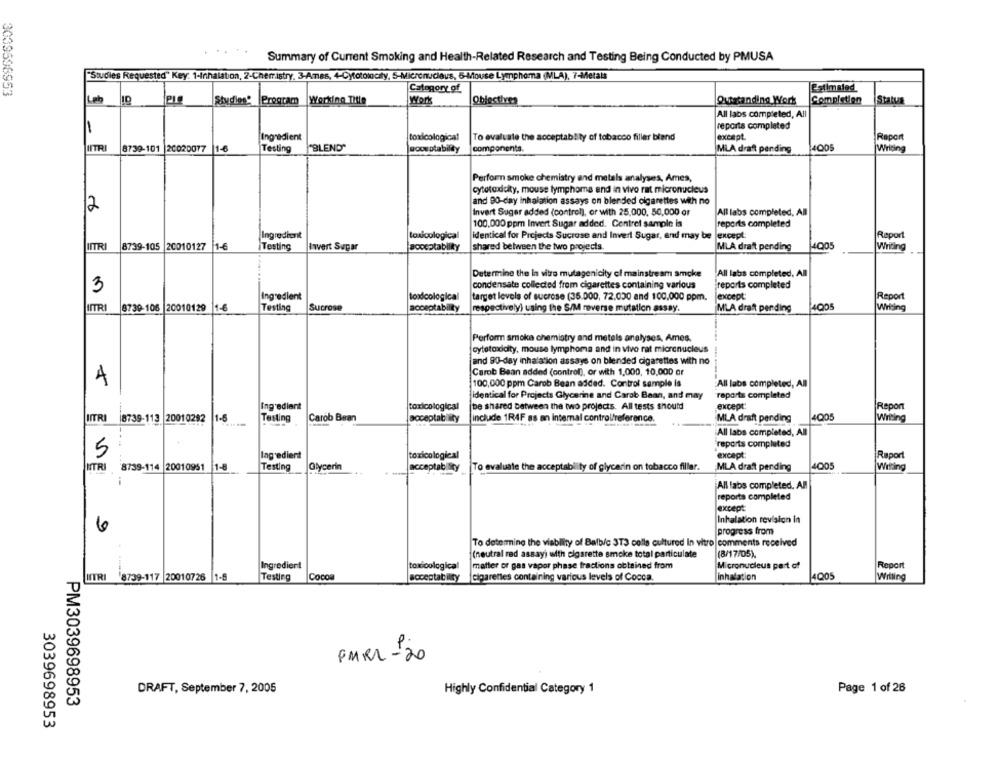
Summary of Current Smoking and Health-Related Research and Testing Being Conducted by PMUSA
"Studies Requested" Key: 1-Inhalation, 2-Chemistry, 3-Ames, 4-Cytotolocity, 5-Micronucleus, 6-Mouse Lymphoma (MLA), 7-Metals
Category of
Estimated
3039596953
Løb
ID
Working Title
Work
Objectives
Outstanding Work
Completion
Status
Studies' |Program
All labs completed, All
-
reports completed
Ingredient
toxicological
To evaluate the acceptablity of tobacco filler bland
except
Report
NITRI
8739-101 20020077
Testing
"BLEND"
soorptability
components.
MLA draft pending
4005
Writing
Perform smoke chemistry and metals analyses, Ames,
cytotoxicity, mouse lymphoma and in vivo rat micronucleus
2
and 90-day inhalation assays on blended cigarettes with no
Invert Suger added (control), or with 25,000, 50,000 or
All labs completed, All
100.000 ppm Invert Sugar added. Contrel sample is
reports completed
Ingredient
toxicological
identical for Projects Sucrose and Invert Sugar, and may be |except
Report
ITRI
8739-105 20010127
11-€
iTesting
Javert Sugar
acceptability
shared between the two projects.
MLA draft pending
Writing
Determine the in vitro mutagenicity of mainstream smoke
All labs completed, All
3
condensate collected from cigarettes containing various
reports completed
Ingredient
toxicological
target levels of sucrose (35.000, 72.000 and 100,000 ppm,
except:
Report
MITRI
8739-106 20010129 1-6
Testing
Sucrose
acceptability
respectively) using the S/M reverse mutation assay.
MLA draft pending
4005
Writing
Perform smoke chemistry and metals analyses, Ames,
cytotoxicity, mouse lymphoma and in vivo rat micronucleus
and 80-day inhalation assays on blended cigarettes with no
Carob Bean added (control), or with 1,000, 10,000 or
4
100,000 ppm Carob Bean added. Control sample is
All labs completed, All
Identical for Projects Glycerine and Carab Baan, and may
reports completed
Ingredient
toxicological
(be shared between the two projects. All tests should
except:
Report
NITRI
8739-113 20010292
1-6
Testing
Carob Bean
acceptablity
include 1R4F as an internal control/reference.
MLA draft pending
4Q05
Writing
All labs completed, All
5
reports completed
Ingredient
toxicological
except:
Raport
MTRI
Testing
4005
8739-114 20010951 1-8
Glycerin
acceptablicy
To evaluate the acceptablity of glycerin on tobacco filler.
MLA draft pending
Writing
-
All fabs completed. All
reports completed
except
6
Inhalation revision in
progress from
To determine the viability of Balb/c 3T3 colle cultured In vitro comments received
(neutral red assay) with cigarette smoke total particulate
(8/17/05).
Ingredient
Report
toxicological
matter or gas vapor phase fractions obtained from
Micronucleus part of
UTR
8739-117 20010726 1-8
Testing
Coco
acceptability
cigarettes containing various levels of Cocca.
Inhalation
Willing
FMRI -20
DRAFT, September 7, 2005
Highly Confidential Category 1
Page 1 of 26
PM3039698953
3039698953